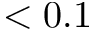
< 0 . 1